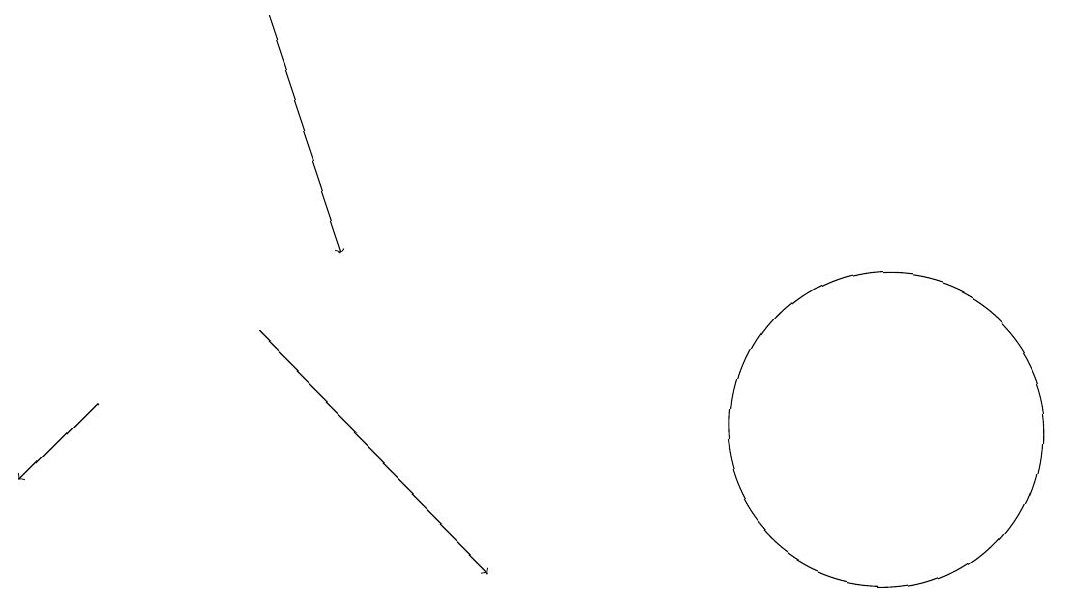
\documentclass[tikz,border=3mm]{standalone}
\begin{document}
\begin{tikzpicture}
\draw[->] (3,17) -- (4,14);
\draw[->] (1,12) -- (0,11);
\draw (11,12) circle (2);
\draw (10,12) circle (0);
\draw[->] (3,13) -- (6,10);
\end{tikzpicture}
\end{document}